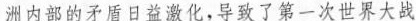
洲内部的矛盾日益激化，导致了第一次世界大战